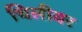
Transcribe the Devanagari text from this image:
चिलीवर